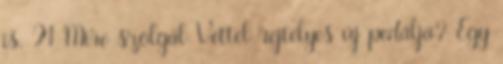
is. F1 Mire szolgál Vettel rejtélyes új pedálja? Egy